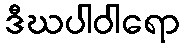
ဒီဃပါဝါရော